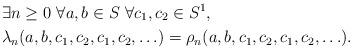
LaTeX: \begin{align*} &\exists n\ge0\ \forall a,b\in S\ \forall c_{1},c_2\in S^{1},\\ & \lambda_{n}(a,b,c_{1},c_2,c_1,c_2,\ldots) = \rho_{n}(a,b,c_{1},c_2,c_1,c_2,\ldots).\end{align*}